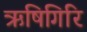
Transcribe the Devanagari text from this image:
ऋषिगिरि